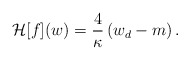
\begin{align*}\mathcal{H}[f](w)=\frac{4}{\kappa}\left(w_d-m\right).\end{align*}